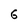
Character: 6